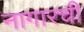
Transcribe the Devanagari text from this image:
नागारची